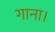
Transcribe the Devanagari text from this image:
गाना।